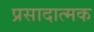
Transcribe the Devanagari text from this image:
प्रसादात्मक